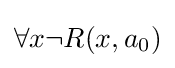
\forall x\neg R(x,a_{0})